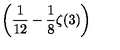
\displaystyle \left( \frac { 1 } { 1 2 } - \frac { 1 } { 8 } \zeta ( 3 ) \right)